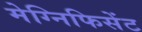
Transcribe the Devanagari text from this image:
मेग्निफिसेंट